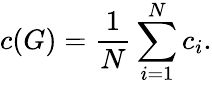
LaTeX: c(G)=\frac{1}{N}\sum_{i=1}^{N}c_{i}.